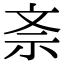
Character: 𭤕